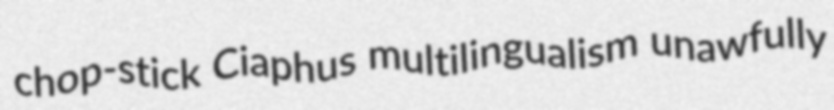
chop-stick Ciaphus multilingualism unawfully